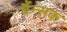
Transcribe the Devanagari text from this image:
वैंन्सक